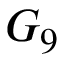
G _ { 9 }